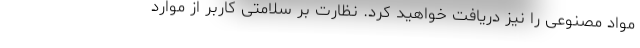
مواد مصنوعی را نیز دریافت خواهید کرد. نظارت بر سلامتی کاربر از موارد